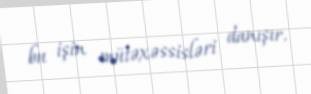
bu işin mütəxəssisləri danışır.